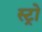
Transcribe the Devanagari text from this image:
स्ट्रो